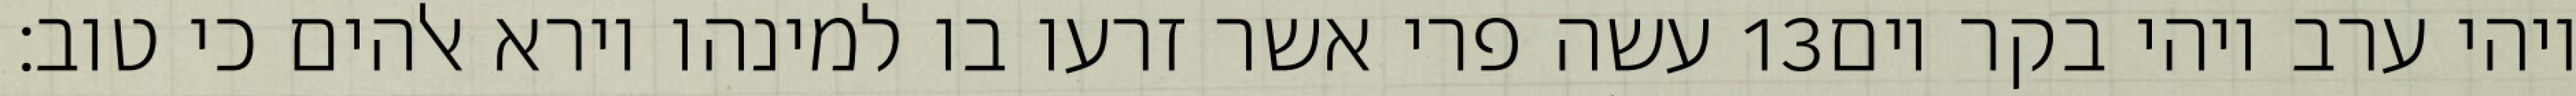
עשה פרי אשר זרעו בו למינהו וירא אלהים כי טוב׃ ‎13‏ ויהי ערב ויהי בקר יום